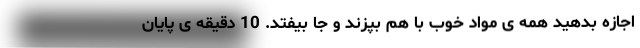
اجازه بدهید همه ی مواد خوب با هم بپزند و جا بیفتد. 10 دقیقه ی پایان